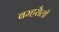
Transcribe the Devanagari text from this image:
बम्हरौली